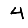
Digit: 4